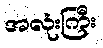
အလုံးကြီး